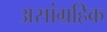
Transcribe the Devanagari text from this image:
असांग्रहिक